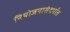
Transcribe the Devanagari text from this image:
नियोजनासंदर्भात